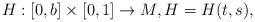
LaTeX: \begin{align*}H:[0,b]\times\lbrack0,1]\rightarrow M,H=H(t,s),\end{align*}